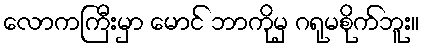
လောကကြီးမှာ မောင် ဘာကိုမှ ဂရုမစိုက်ဘူး။